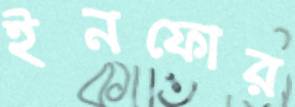
ইনফোর